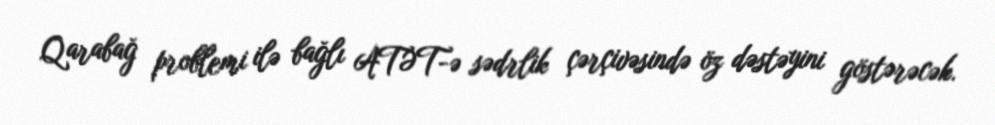
Qarabağ problemi ilə bağlı ATƏT-ə sədrlik çərçivəsində öz dəstəyini göstərəcək.